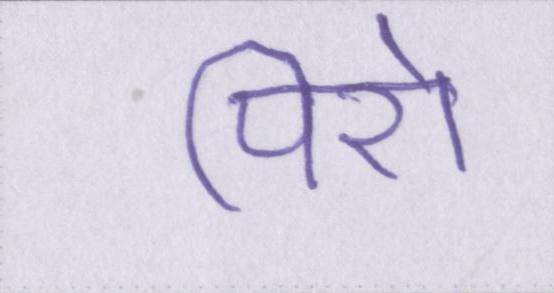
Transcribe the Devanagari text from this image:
पिरो